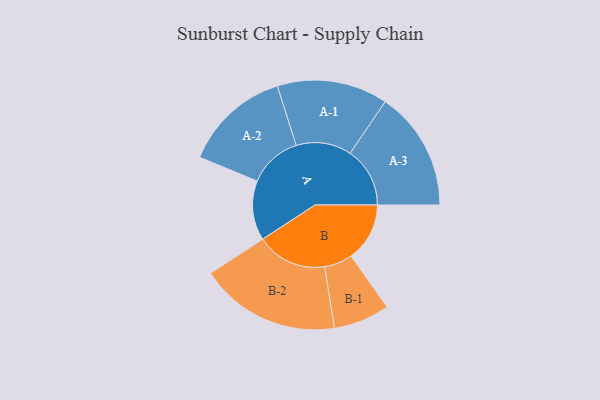
{"axis": {"x": "Segment", "y": "Value"}, "legend": ["", "A", "B"], "data": [{"x": "A", "y": 245, "type": ""}, {"x": "B", "y": 241, "type": ""}, {"x": "A-1", "y": 228, "type": "A"}, {"x": "A-2", "y": 220, "type": "A"}, {"x": "A-3", "y": 246, "type": "A"}, {"x": "B-1", "y": 116, "type": "B"}, {"x": "B-2", "y": 290, "type": "B"}]}